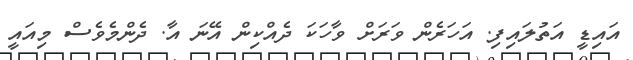
އައިޑީ އަތުލައިފި. އަހަރެން ވަރަށް ވާހަކަ ދެއްކިން އޭނަ އާ. ދެންމެވެސް މިއައީ